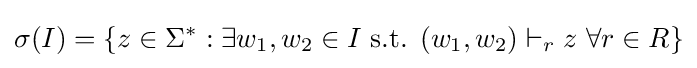
\sigma (I)=\{z\in \Sigma ^{*}:\exists w_{1},w_{2}\in I{\text{ s.t. }}(w_{1},w_{2})\vdash _{r}z{\text{ }}\forall r\in R\}